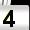
Digit: 4